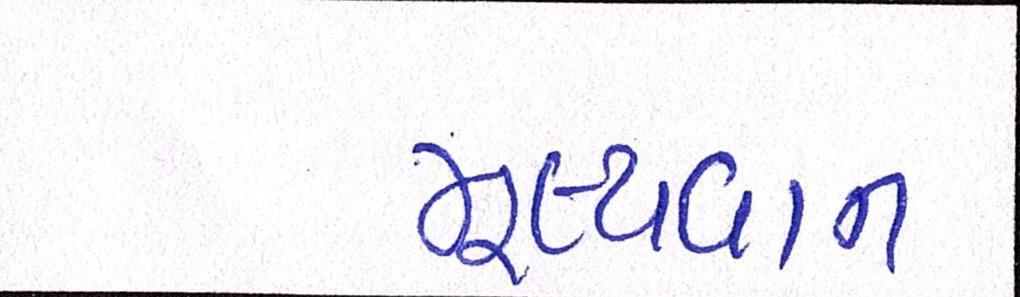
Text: મૂલ્યવાન